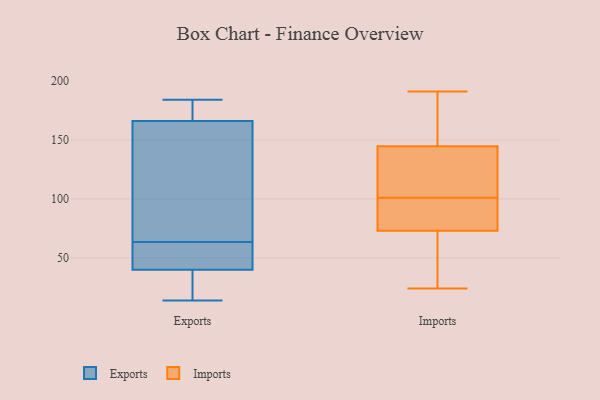
{"axis": {"x": "Humidity (%)", "y": "Value"}, "legend": ["Exports", "Imports"], "data": [{"x": "", "y": 57, "type": "Exports"}, {"x": "", "y": 168, "type": "Exports"}, {"x": "", "y": 51, "type": "Exports"}, {"x": "", "y": 23, "type": "Exports"}, {"x": "", "y": 184, "type": "Exports"}, {"x": "", "y": 164, "type": "Exports"}, {"x": "", "y": 46, "type": "Exports"}, {"x": "", "y": 70, "type": "Exports"}, {"x": "", "y": 34, "type": "Exports"}, {"x": "", "y": 14, "type": "Exports"}, {"x": "", "y": 175, "type": "Exports"}, {"x": "", "y": 93, "type": "Exports"}, {"x": "", "y": 67, "type": "Imports"}, {"x": "", "y": 101, "type": "Imports"}, {"x": "", "y": 113, "type": "Imports"}, {"x": "", "y": 177, "type": "Imports"}, {"x": "", "y": 136, "type": "Imports"}, {"x": "", "y": 191, "type": "Imports"}, {"x": "", "y": 111, "type": "Imports"}, {"x": "", "y": 66, "type": "Imports"}, {"x": "", "y": 79, "type": "Imports"}, {"x": "", "y": 171, "type": "Imports"}, {"x": "", "y": 96, "type": "Imports"}, {"x": "", "y": 75, "type": "Imports"}, {"x": "", "y": 24, "type": "Imports"}]}